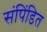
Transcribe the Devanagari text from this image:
संपिंडित